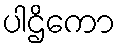
ပါဌိကော